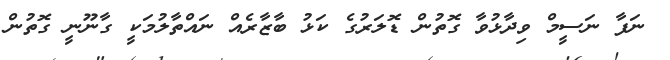
ނަފާ ނަސީމް ވިދާޅުވާ ގޮތުން ޑޮލަރުގެ ކަޅު ބާޒާރެއް ނައްތާލުމަކީ ގާނޫނީ ގޮތުން